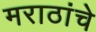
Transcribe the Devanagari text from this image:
मराठांचे